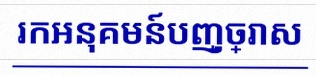
រកអនុគមន៍បញ្ច្រាស